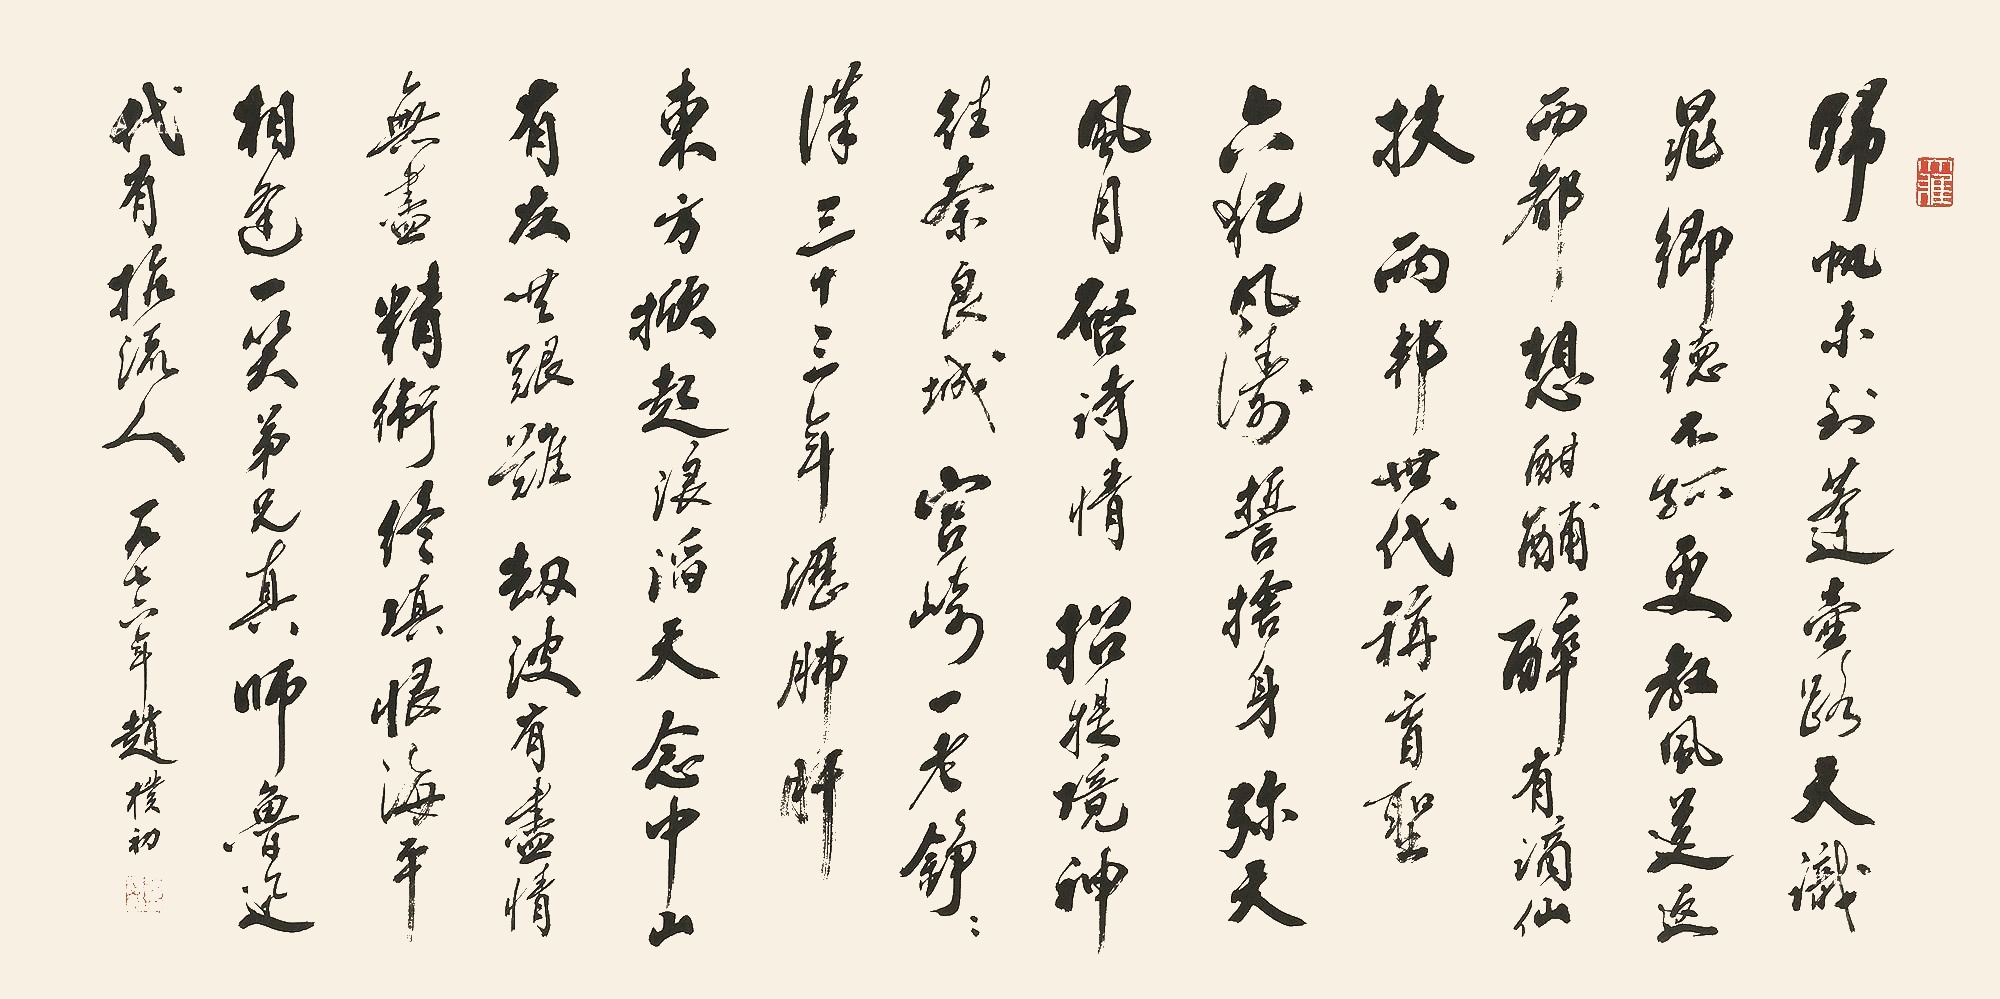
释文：归帆未到蓬壶路，天识晁卿德不孤。更教风送返西都。想酣酺，醉有谪仙扶。两邦世代称盲圣，六犯风涛誓舍身。弥天风月启诗情。招提境，神往奈良城。宫崎一老铮铮汉，三十三年沥肺肝。东方掀起浪滔天。念中山，有友共艰难。劫波有尽情无尽，精卫终填恨海平。相逢一笑弟兄真。师鲁迅，代有抗流人。一九七六年，赵朴初。